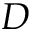
D